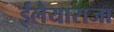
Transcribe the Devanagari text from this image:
ईलैयाराजा